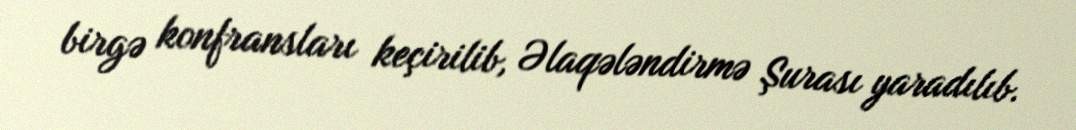
birgə konfransları keçirilib, Əlaqələndirmə Şurası yaradılıb.